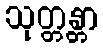
သုတ္တန္တာ